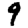
Digit: 9